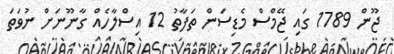
ޖޫން 1789 ގައި ޖޭމްސް މެޑިސަން ތަފާތު 12 އިސްލާހެއް ގާނޫނަށް ނުވަތަ